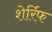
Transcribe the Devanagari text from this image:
शेर्रिफ